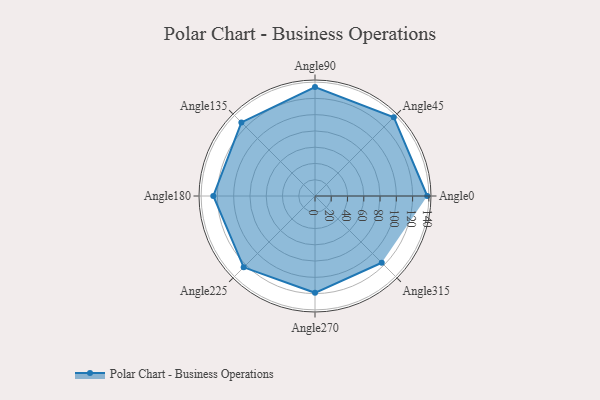
{"axis": {"x": "Angle", "y": "Radius"}, "legend": [""], "data": [{"x": "Angle0", "y": 138.0, "type": ""}, {"x": "Angle45", "y": 137.0, "type": ""}, {"x": "Angle90", "y": 134.0, "type": ""}, {"x": "Angle135", "y": 128.0, "type": ""}, {"x": "Angle180", "y": 125.0, "type": ""}, {"x": "Angle225", "y": 124.0, "type": ""}, {"x": "Angle270", "y": 119.0, "type": ""}, {"x": "Angle315", "y": 116.0, "type": ""}]}